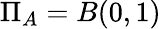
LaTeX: \Pi_{A}=B(0,1)